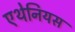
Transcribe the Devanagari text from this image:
एथेनियस